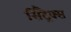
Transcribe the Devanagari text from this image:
सिट्रैक्स